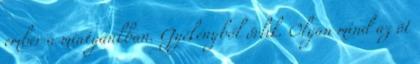
ember a miatyánkban. Gyékényből őrlik. Olyan mind az öt